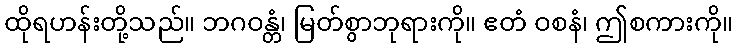
ထိုရဟန်းတို့သည်။ ဘဂဝန္တံ၊ မြတ်စွာဘုရားကို။ ဧတံ ဝစနံ၊ ဤစကားကို။